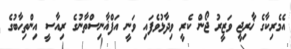
އެމެރިކާގެ ޚާރިޖީ ވަޒީރު ޖޯން ކެރީ ވިދާޅުވެފައި ވަނީ އަފްޣާނިސްތާނުގެ ރިއާސީ އިންތިހާބުގެ